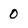
Character: 0